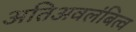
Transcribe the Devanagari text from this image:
अतिअवलंबित्व